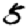
Digit: 5